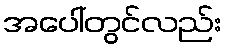
အပေါ်တွင်လည်း